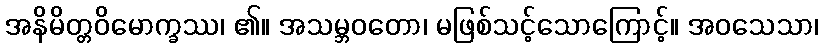
အနိမိတ္တဝိမောက္ခဿ၊ ၏။ အသမ္ဘဝတော၊ မဖြစ်သင့်သောကြောင့်။ အဝသေသာ၊